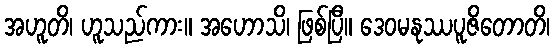
အဟူတိ၊ ဟူသည်ကား။ အဟောသိ၊ ဖြစ်ပြီ။ ဒေဝမနုဿပူဇိတောတိ၊